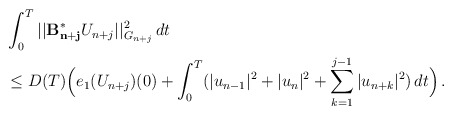
\begin{align*}&\int_0^T ||\mathcal{\mathbf{B^{\ast}_{n+j}}}U_{n+j}||_{G_{n+j}}^2 \,dt\\& \le D(T)\Big(e_1(U_{n+j})(0) + \int_0^T (|u_{n-1}|^2 + |u_n|^2 + \sum_{k=1}^{j-1} |u_{n+k}|^2)\,dt\Big)\,.\end{align*}